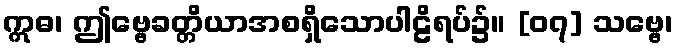
ဣဓ၊ ဤဗ္ဗေခတ္တိယာအစရှိသောပါဠိရပ်၌။ [၀၇] သဗ္ဗေ၊